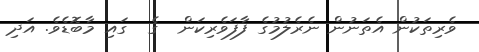
ވެރިތަކުން އެތަނުން ނެރެލުމުގެ ފާފަވެރިކަން  ގެ  ގައި މާބޮޑެވެ. އަދި